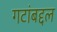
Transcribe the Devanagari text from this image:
गटांबद्दल